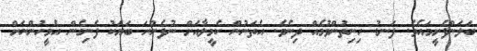
ބަލަންފެށީމައެވެ. ފަނޑު ހިނިތުންވުމެއް ދިނެވެ. އެތަނުން ކެމީލާއަށް ނުފެންނަ ބަޔަކު ފެނިގެން އެމީހުންނަށް